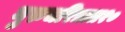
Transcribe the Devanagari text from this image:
गुरुचरित्रात१०